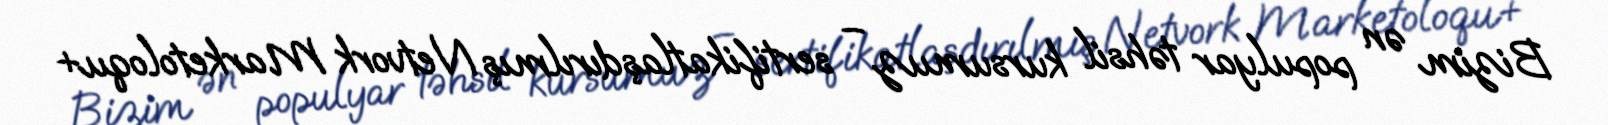
Bizim ən populyar təhsil kursumuz – sertifikatlaşdırılmış Netvork Marketoloqu+